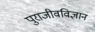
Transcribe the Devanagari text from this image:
पुराजीवविज्ञान